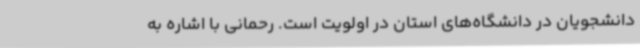
دانشجویان در دانشگاه‌های استان در اولویت است. رحمانی با اشاره به